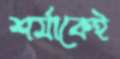
শর্মাকেই